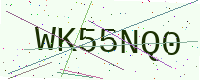
Text: WK55NQ0